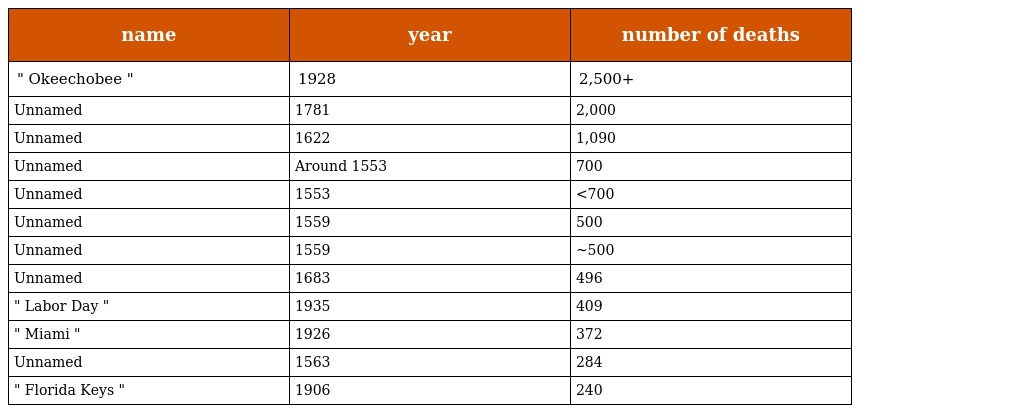
| name | year | number of deaths |
 | --- | --- | --- |
 | " Okeechobee " | 1928 | 2,500+ |
 | Unnamed | 1781 | 2,000 |
 | Unnamed | 1622 | 1,090 |
 | Unnamed | Around 1553 | 700 |
 | Unnamed | 1553 | <700 |
 | Unnamed | 1559 | 500 |
 | Unnamed | 1559 | ~500 |
 | Unnamed | 1683 | 496 |
 | " Labor Day " | 1935 | 409 |
 | " Miami " | 1926 | 372 |
 | Unnamed | 1563 | 284 |
 | " Florida Keys " | 1906 | 240 |